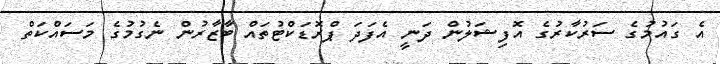
އެ ގައުމުގެ ސަރުކާރުގެ އޮފިޝަލުން ދަނީ އެފަދަ ޕްރޮޑަކްޓުތައް ބާޒާރުން ނެގުމުގެ މަސައްކަތް